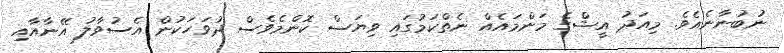
ނުބުނާނެއެވެ. މިއަދު އީޝްގެ މަންމައެއް ނެތްކަމުގައި ވިޔަސް ކޮންމެވެސް ދުވަހަކުން އެސުވާލު އޭނާއާއި